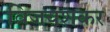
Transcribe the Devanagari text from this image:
विजयशकर